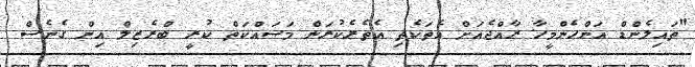
"ތައިލެންޑް އަންހެންމީހާ ރާއްޖެއަށް އެތަކެތި އެތެރެކުރަން މަސައްކަތް ކުރީ ބްރެޒިލް އިން ގެނެސް